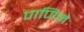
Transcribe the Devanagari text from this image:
पाणिनेः